Leaving Certificate, 1898
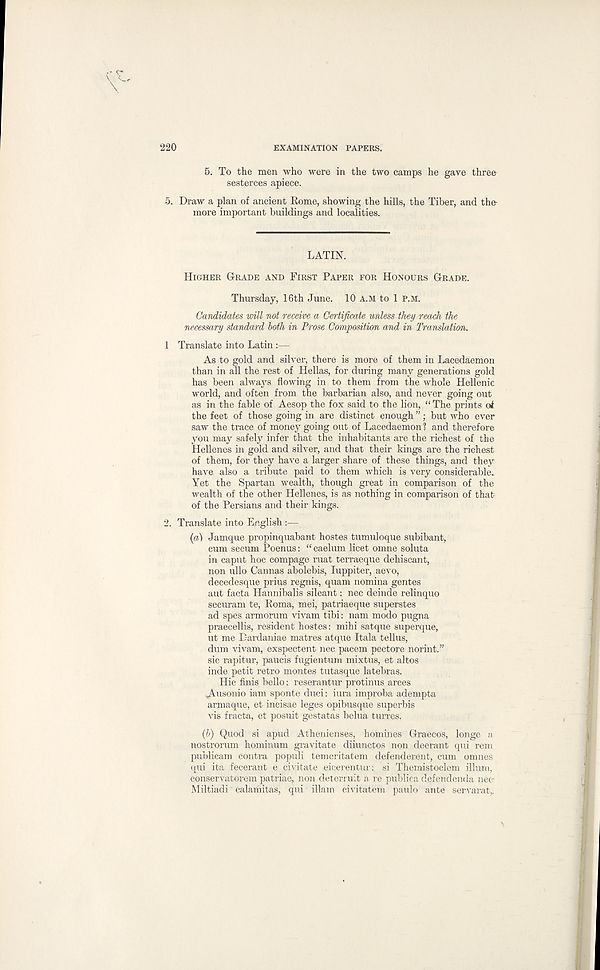
220
EXAMINATION PAPERS.
5. To the men who were in the two camps he gave threo
sesterces apiece.
5. Draw a plan of ancient Eome, showing the hills, the Tiber, and the-
more important buildings and localities.
LATIN.
HIGHER GRADE AND FIRST PAPER FOR HONOURS GRADE.
Thursday, 16th June. 10 A.M to 1 P.M.
Candidates will not receive a Certificate unless they reach the
necessary standard both in Prose Composition and in Translation.
1 Translate into Latin:—
As to gold and silver, there is more of them in Lacedaemon
than in all the rest of Hellas, for during many generations gold
has been always flowing in to them from the whole Hellenic
world, and often from the barbarian also, and never going out
as in the fable of Aesop the fox said to the lion, “ The prints of
the feet of those going in are distinct enough ”; but who ever
saw the trace of money going out of Lacedaemon? and therefore
you may safely infer that the inhabitants are the richest of the
Hellenes in gold and silver, and that their kings are the richest
of them, for they have a larger share of these things, and they
have also a tribute paid to them which is very considerable.
Yet the Spartan wealth, though great in comparison of the
wealth of the other Hellenes, is as nothing in comparison of that
of the Persians and their kings.
2. Translate into English :—
(a) Jamque propinqua,bant hostes tumuloque subibant,
cum secum Poenus: “caelum licet omne soluta
in caput hoc compage ruat terraeque dehiscant,
non ullo Gannas abolebis, luppiter, aevo,
decedesque prius regnis, quam nomina gentes
aut facta Hannibalis sileant: nec deinde relinquo
securam te, Roma, mei, patriaeque superstes
ad spes armorum vivam tibi: nam modo pugna
praecellis, resident hostes: mihi satque superque,
ut me Dardaniae matres atque Itala tellus,
dum vivam, exspectent nec pacem pectore norint.”
sic rapitur, paucis fugientum mixtus, et altos
inde petit retro montes tutasque latebras.
Hie finis, hello: reserantur protinus arces
.Ausonio iam sponte duci: iura improba adempta
armaque, et incisae leges opibusque superbis
vis fracta, et posuit gestatas belua turres.
(b) Quod si apud Athenienses, homines Graecos, longe a
nostrorum hominum gravitate diiunctos non deerant qui rem
publicam contra populi temeritatem defend erent, cum omnes
qui ita fecerant e civitate eicerentur: si Themistoclem ilium,
conservatorem patriae, non deterruit a re publica defendenda nec-
Miltiadi calamitas, qui illam civitatem paulo ante servarat,.